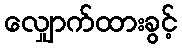
လျှောက်ထားခွင့်